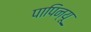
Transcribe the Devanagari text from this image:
पापिन्यू